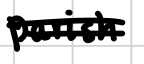
Text: parish
Cross-out: double-line
Writing tool: digital_black